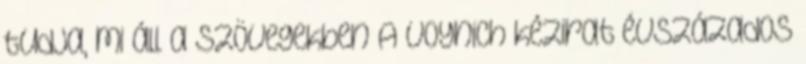
tudja, mi áll a szövegekben A Voynich kézirat évszázados